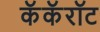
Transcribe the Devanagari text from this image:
कॅकॅरॉट